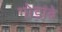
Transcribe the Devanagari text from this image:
गोडांबे